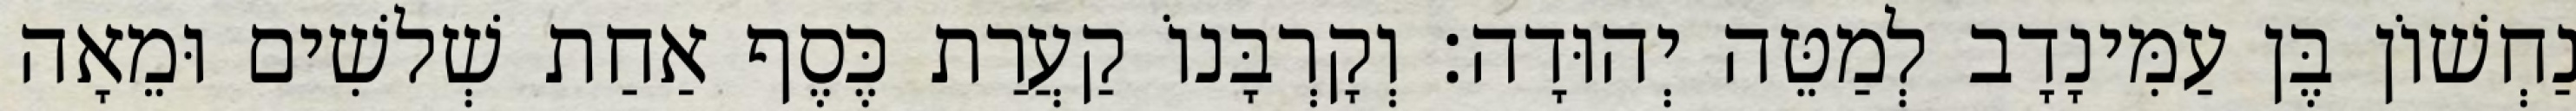
נַחְשׁוֹן בֶּן עַמִּינָדָב לְמַטֵּה יְהוּדָה׃ וְקָרְבָּנוֹ קַעֲרַת כֶּסֶף אַחַת שְׁלשִׁים וּמֵאָה